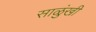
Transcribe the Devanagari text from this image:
साळुंखी